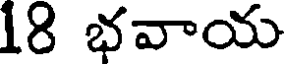
18 భవాయ